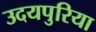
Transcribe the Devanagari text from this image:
उदयपुरिया